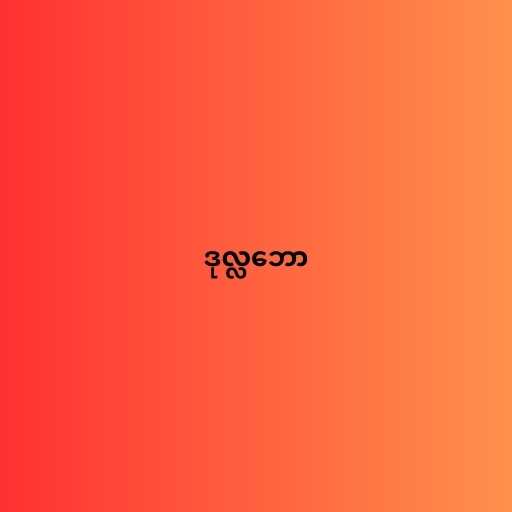
ဒုလ္လဘော